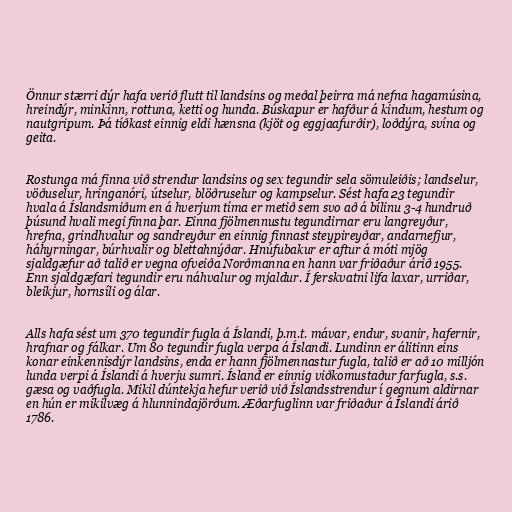
Önnur stærri dýr hafa verið flutt til landsins og meðal þeirra má nefna hagamúsina,
hreindýr, minkinn, rottuna, ketti og hunda. Búskapur er hafður á kindum, hestum og
nautgripum. Þá tíðkast einnig eldi hænsna (kjöt og eggjaafurðir), loðdýra, svína og
geita.

Rostunga má finna við strendur landsins og sex tegundir sela sömuleiðis; landselur,
vöðuselur, hringanóri, útselur, blöðruselur og kampselur. Sést hafa 23 tegundir
hvala á Íslandsmiðum en á hverjum tíma er metið sem svo að á bilinu 3-4 hundruð
þúsund hvali megi finna þar. Einna fjölmennustu tegundirnar eru langreyður,
hrefna, grindhvalur og sandreyður en einnig finnast steypireyðar, andarnefjur,
háhyrningar, búrhvalir og blettahnýðar. Hnúfubakur er aftur á móti mjög
sjaldgæfur að talið er vegna ofveiða Norðmanna en hann var friðaður árið 1955.
Enn sjaldgæfari tegundir eru náhvalur og mjaldur. Í ferskvatni lifa laxar, urriðar,
bleikjur, hornsíli og álar.

Alls hafa sést um 370 tegundir fugla á Íslandi, þ.m.t. mávar, endur, svanir, hafernir,
hrafnar og fálkar. Um 80 tegundir fugla verpa á Íslandi. Lundinn er álitinn eins
konar einkennisdýr landsins, enda er hann fjölmennastur fugla, talið er að 10 milljón
lunda verpi á Íslandi á hverju sumri. Ísland er einnig viðkomustaður farfugla, s.s.
gæsa og vaðfugla. Mikil dúntekja hefur verið við Íslandsstrendur í gegnum aldirnar
en hún er mikilvæg á hlunnindajörðum. Æðarfuglinn var friðaður á Íslandi árið
1786.